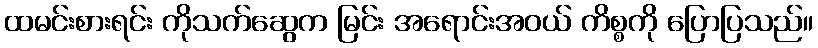
ထမင်းစားရင်း ကိုသက်ဆွေက မြင်း အရောင်းအဝယ် ကိစ္စကို ပြောပြသည်။